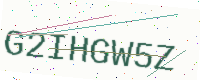
Text: G2IHGW5Z